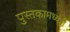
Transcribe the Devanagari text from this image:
पुस्तकामध्येही